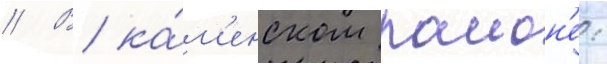
// В ка́м'енском раион'е: